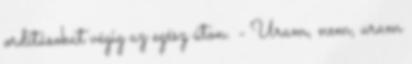
ordításokat végig az egész úton. - Uram, nem, uram